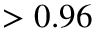
> 0 . 9 6